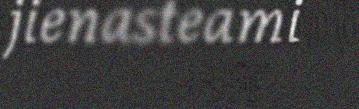
jienasteami